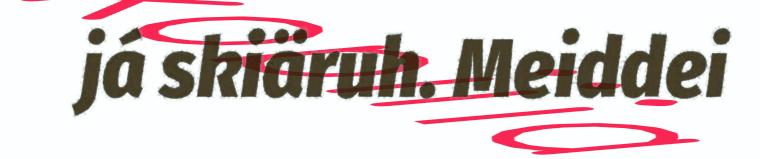
já skiäruh. Meiddei